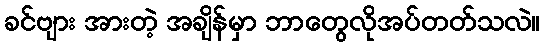
ခင်ဗျား အားတဲ့ အချိန်မှာ ဘာတွေလိုအပ်တတ်သလဲ။